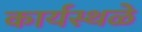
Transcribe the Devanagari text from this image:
कार्यस्थळे